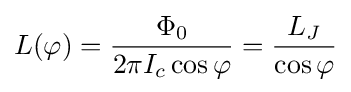
L(\varphi )={\frac {\Phi _{0}}{2\pi I_{c}\cos \varphi }}={\frac {L_{J}}{\cos \varphi }}